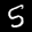
Label: 5